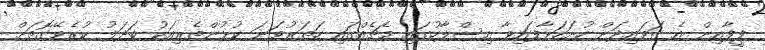
ފީފާއިން އެ ގަވައިދަށް ހުށަހަޅާފައިވާ އިސްލާހުގައި މެޗެއްގައި ހަތަރުވަނަ ކުޅުންތެރިއަކު ބަދަލު ކުރެވޭގޮތަށް